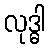
လုဒ္ဓါ